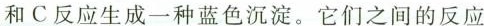
和C反应生成一种蓝色沉淀。它们之间的反应